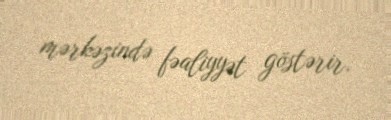
mərkəzində fəaliyyət göstərir.